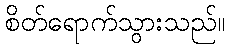
စိတ်ရောက်သွားသည်။